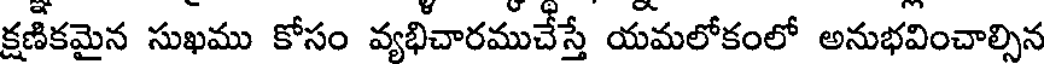
క్షణికమైన సుఖము కోసం వ్యభిచారముచేస్తే యమలోకంలో అనుభవించాల్సిన